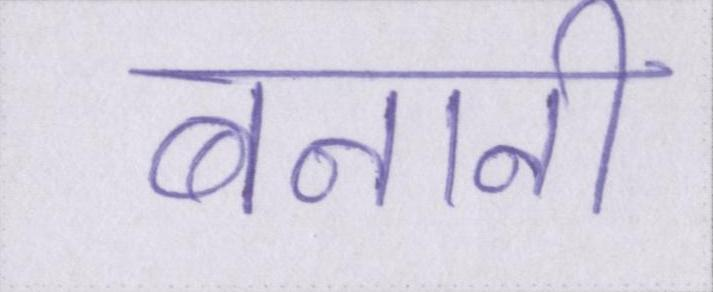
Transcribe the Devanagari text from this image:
बनानी